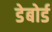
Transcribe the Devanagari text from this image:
डेबोर्ड